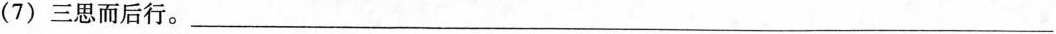
( 7 ) 三思而后行。___